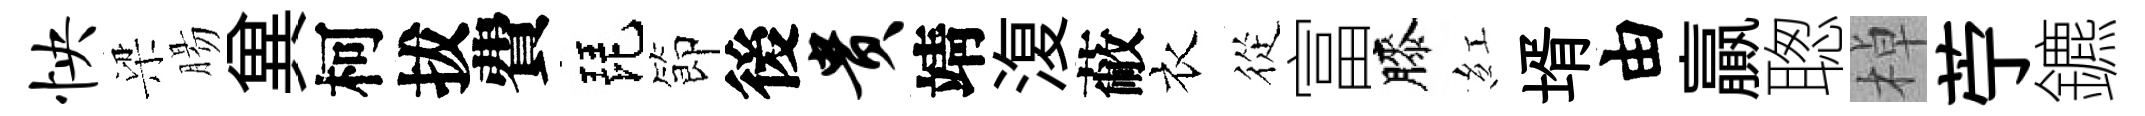
怏梁腸兾柯拔費琵節後贵靖𣸪蔽衣從富膝紅壻由贏聦棹苧鑣